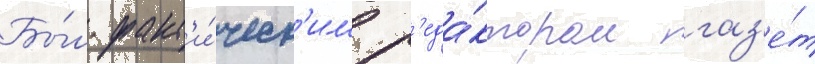
Бы́л факт'и́ческ'им р'еда́ктором газ'е́т